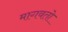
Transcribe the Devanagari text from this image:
मागवतो